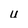
Character: u